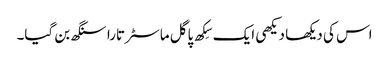
اس کی دیکھا دیکھی ایک سِکھ پاگل ماسٹر تارا سنگھ بن گیا۔